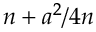
n + a ^ { 2 } / 4 n